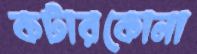
কটারকোনা